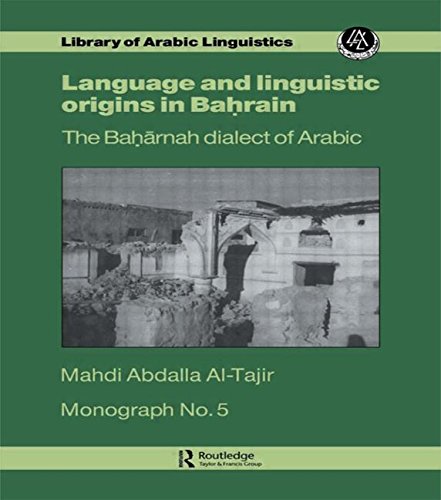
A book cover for Language and Linguistic Origins in Bahrain: The Baharnah Dialect of Arabic; Monograph Number Five; Al-Tajir; History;